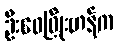
ဦးဝေဖြိုးဟန်က